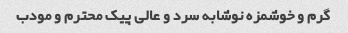
گرم و خوشمزه نوشابه سرد و عالی پیک محترم و مودب